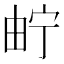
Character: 𤱤